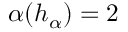
\alpha ( h _ { \alpha } ) = 2